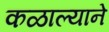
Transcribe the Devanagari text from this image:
कळाल्याने